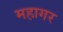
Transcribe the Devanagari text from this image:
महागर